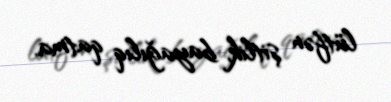
lütfən şitlik, bayağılıq qatma.